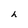
Character: h